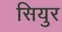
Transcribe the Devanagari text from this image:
सियुर